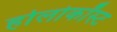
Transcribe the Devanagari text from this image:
होलोकॉस्‍ट